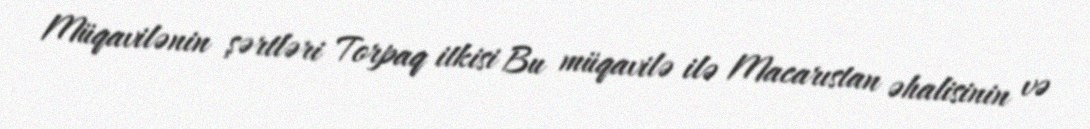
Müqavilənin şərtləri Torpaq itkisi Bu müqavilə ilə Macarıstan əhalisinin və